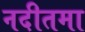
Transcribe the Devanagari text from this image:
नदीतमा